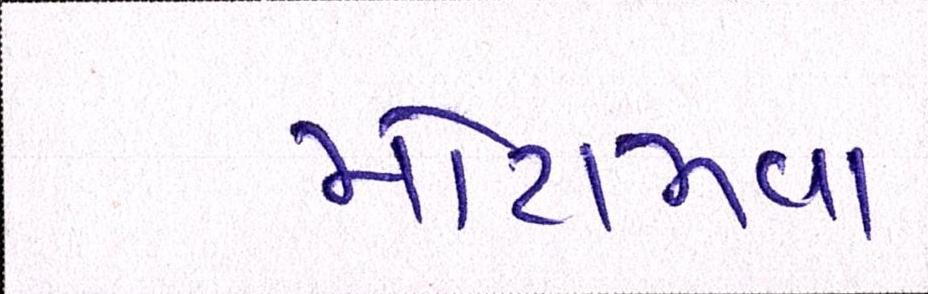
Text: મોટામવા